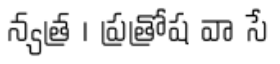
న్యత్ర । ప్రత్రోష వా సే